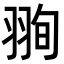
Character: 𦐥